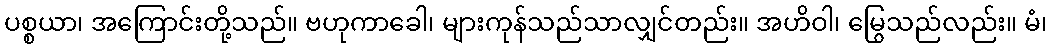
ပစ္စယာ၊ အကြောင်းတို့သည်။ ဗဟုကာခေါ၊ များကုန်သည်သာလျှင်တည်း။ အဟိဝါ၊ မြွေသည်လည်း။ မံ၊